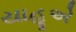
યાહૂએ